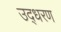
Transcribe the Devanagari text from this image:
उद्‍धरण